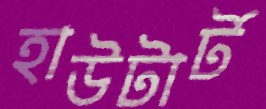
হাউটার্ট